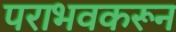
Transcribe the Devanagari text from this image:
पराभवकरून